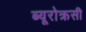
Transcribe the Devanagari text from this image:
ब्यूरोक्रसी